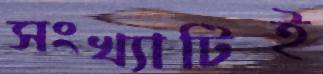
সংখ্যাটিই